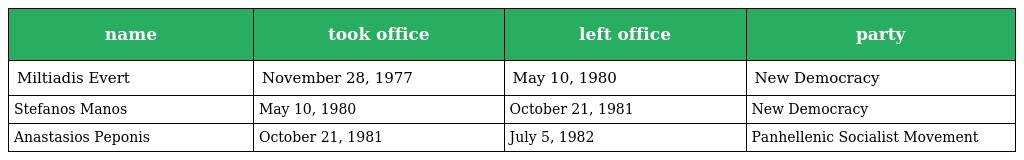
| name | took office | left office | party |
 | --- | --- | --- | --- |
 | Miltiadis Evert | November 28, 1977 | May 10, 1980 | New Democracy |
 | Stefanos Manos | May 10, 1980 | October 21, 1981 | New Democracy |
 | Anastasios Peponis | October 21, 1981 | July 5, 1982 | Panhellenic Socialist Movement |